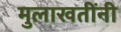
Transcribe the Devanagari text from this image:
मुलाखतींनी